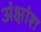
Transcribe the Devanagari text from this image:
अंक्षांश